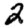
Digit: 2